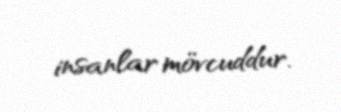
insanlar mövcuddur.